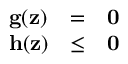
\begin{array} { l c l } { \mathbf { g } ( \mathbf { z } ) } & { = } & { \mathbf { 0 } } \\ { \mathbf { h } ( \mathbf { z } ) } & { \leq } & { \mathbf { 0 } } \end{array}